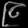
Digit: ၉